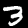
Label: 3